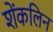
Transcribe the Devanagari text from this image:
शेंकलिन